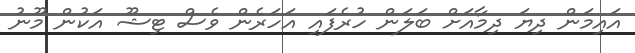
އައިމަން ދިޔަ ދިމާއަށް ބަލަން ހުރެފައި އަހަރެން ވެސް ޓިޝޫ އަކުން މޫނު